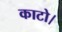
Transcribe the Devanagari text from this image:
काटो।